Civil Veterinary Department. United Provinces 1932-42 - 1932-1942
Year: 1932
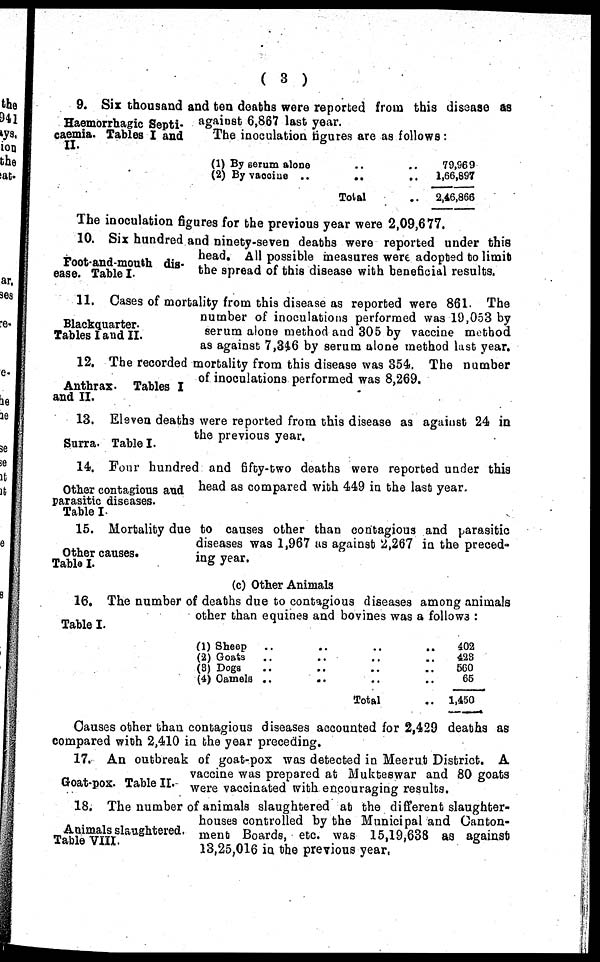
(3)
Haemorrhagic Septi-
caemia. Tables I and
II.
9. Six thousand and ten deaths were reported from this disease as
against 6,867 last year.
The inoculation figures are as follows:
(1) By serum
alone
..
(2) By vaooiue ..
..
..
Total ..
79,969
1,66,897
2,46,866
The inoculation figures for the previous year were 2,09,677.
Foot-and-mouth dis-
ease. Table I
10. Six hundred and ninety-seven deaths were reported under this
head. All possible measures were adopted to limit
the spread of this disease with beneficial results.
Blackquarter.
Tables I and II.
11. Cases of mortality from this disease as reported were 861. The
number of inoculations performed was 19,053 by
serum alone method and 305 by vaccine method
as against 7,346 by serum alone method last year.
Anthrax. Tables I
and II.
12. The recorded mortality from this disease was 354. The number
of inoculations performed was 8,269.
Surra. Table I.
13. Eleven deaths were reported from this disease as against 24 in
the previous year.
Other contagious and
parasitic diseases.
Table I
14. Four hundred and fifty-two deaths were reported under this
head as compared with 449 in the last year.
Other causes.
Table I.
15. Mortality due to causes other than contagious and parasitic
diseases was 1,967 as against 2,267 in the preced-
ing year.
(c) Other Animals
Table I.
16. The number of deaths due to contagious diseases among animals
other than equines and bovines was a follows :
(1) Sheep .. .. .. ..
(2) Goats .. .. .. ..
(3) Dogs .. .. .. ..
(4) Camels .. .. .. ..
Total ..
402
423
560
65
1,450
Causes other than contagious diseases accounted for 2,429 deaths as
compared with 2,410 in the year preceding.
Goat-pox. Table II.
17. An outbreak of goat-pox was detected in Meerut District. A
vaccine was prepared at Mukteswar and 80 goats
were vaccinated with encouraging results.
Animals slaughtered.
Table VIII.
18. The number of animals slaughtered at the different slaughter-
houses controlled by the Municipal and Canton-
ment Boards, etc. was 15,19,638 as against
13,25,016 in the previous year,